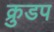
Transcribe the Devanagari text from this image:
क्रुडप